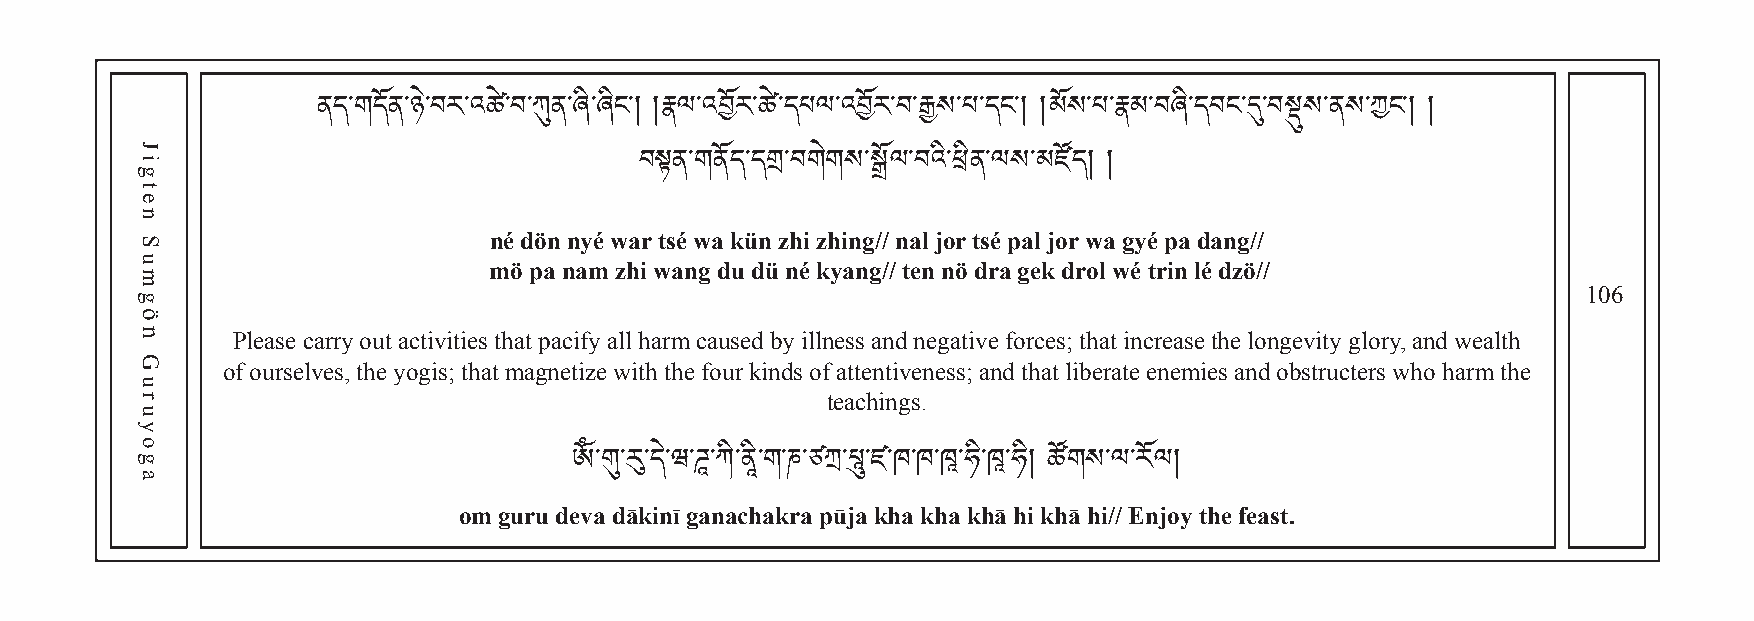
ནད་གདོན་ཉེ་བར་འཚྲེ་བ་ཀུན་ཞི་ཞིང༌། །རྣལ་འབོར ་ ཚ ྲེ་ ད པལ་འབོར་བ་རྒྱས་པ་དང༌། །མོས་པ་རྣམ་བཞི་དབང་དུ་བསྡུས་ནས་ཀང༌། །
 བསྟན་གནོད་དག་བགེགས་སྒོལ་བའི་ཕིན་ལས་མཛོད། །
 né dön nyé war tsé wa kün zhi zhing// nal jor tsé pal jor wa gyé pa dang//
 mö pa nam zhi wang du dü né kyang// ten nö dra gek drol wé trin lé dzö//
 106
 Please carry out activities that pacify all harm caused by illness and negative forces; that increase the longevity glory, and wealth
 of ourselves, the yogis; that magnetize with the four kinds of attentiveness; and that liberate enemies and obstructers who harm the
 teachings.
 om guru deva dākinī ganachakra pūja kha kha khā hi khā hi// Enjoy the feast.
 ༀ་གུ་རུ་དེ་ཝ་ཌཱ་ཀི་ནཱི་ག་ཎ་ཙཀྲ་པཱུ་ཛ་ཁ་ཁ་ཁཱ་ཧི་ཁཱ་ཧི། ཚོགས་ལ་རོལ།
 Jigten
 Sumgön
 Guruyoga